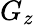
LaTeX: G_{z}